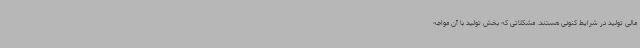
مالی تولید در شرایط کنونی هستند. مشکلاتی که بخش تولید با آن مواجه